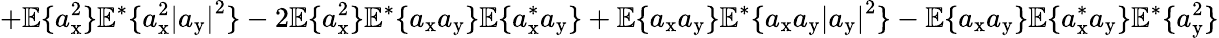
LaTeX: +\mathbb{E}\{ a_{\mathrm{x}}^{2}\} \mathbb{E}^{*}\{ a_{\mathrm{x}}^{2}\left|a_{\mathrm{y}}\right|^{2}\} -2\mathbb{E}\{ a_{\mathrm{x}}^{2}\} \mathbb{E}^{*}\{ a_{\mathrm{x}}a_{\mathrm{y}}\} \mathbb{E}\{ a_{\mathrm{x}}^{*}a_{\mathrm{y}}\} +\mathbb{E}\{ a_{\mathrm{x}}a_{\mathrm{y}}\} \mathbb{E}^{*}\{ a_{\mathrm{x}}a_{\mathrm{y}}\left|a_{\mathrm{y}}\right|^{2}\} -\mathbb{E}\{ a_{\mathrm{x}}a_{\mathrm{y}}\} \mathbb{E}\{ a_{\mathrm{x}}^{*}a_{\mathrm{y}}\} \mathbb{E}^{*}\{ a_{\mathrm{y}}^{2}\}